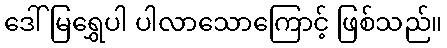
ဒေါ်မြရွှေပါ ပါလာသောကြောင့် ဖြစ်သည်။